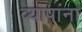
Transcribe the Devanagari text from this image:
व्यापांना